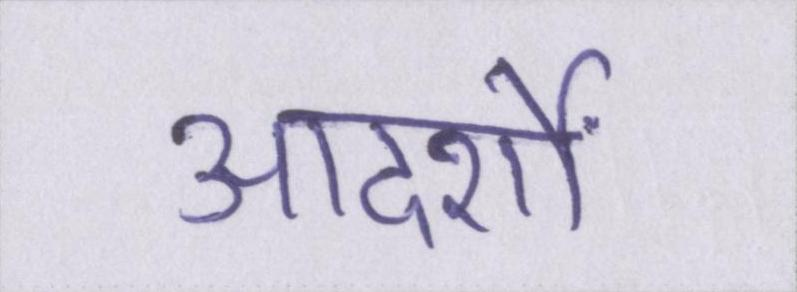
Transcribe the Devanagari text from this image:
आदर्शों